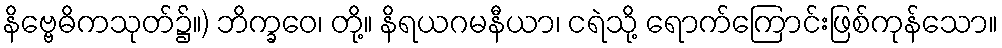
နိဗ္ဗေဓိကသုတ်၌။) ဘိက္ခဝေ၊ တို့။ နိရယဂမနီယာ၊ ငရဲသို့ ရောက်ကြောင်းဖြစ်ကုန်သော။